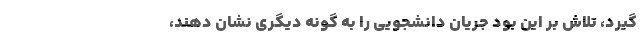
‌گیرد، تلاش بر این بود جریان دانشجویی را به گونه دیگری نشان دهند،